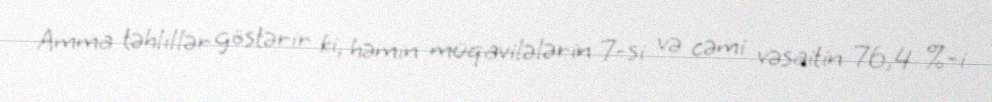
Amma təhlillər göstərir ki, həmin müqavilələrin 7-si və cəmi vəsaitin 76,4 %-i